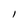
Character: l